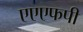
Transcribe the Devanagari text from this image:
एएएफपी